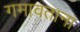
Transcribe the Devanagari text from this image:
गमावताना